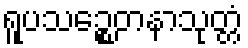
ရူပသဉ္စေတနာသုတ္တံ